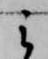
云